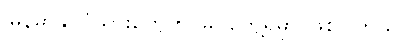
မြန်မာနိုင်ငံသားတွေကို မြင်တွေ့ရမှာ ဖြစ်ပါတယ်။